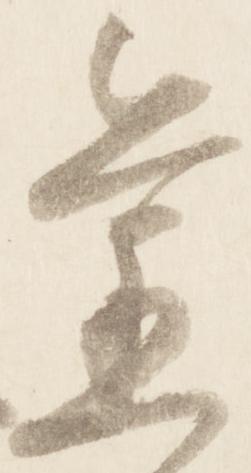
旧